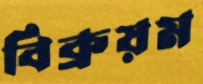
বিক্রয়ম